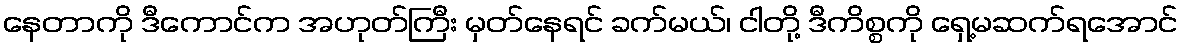
နေတာကို ဒီကောင်က အဟုတ်ကြီး မှတ်နေရင် ခက်မယ်၊ ငါတို့ ဒီကိစ္စကို ရှေ့မဆက်ရအောင်